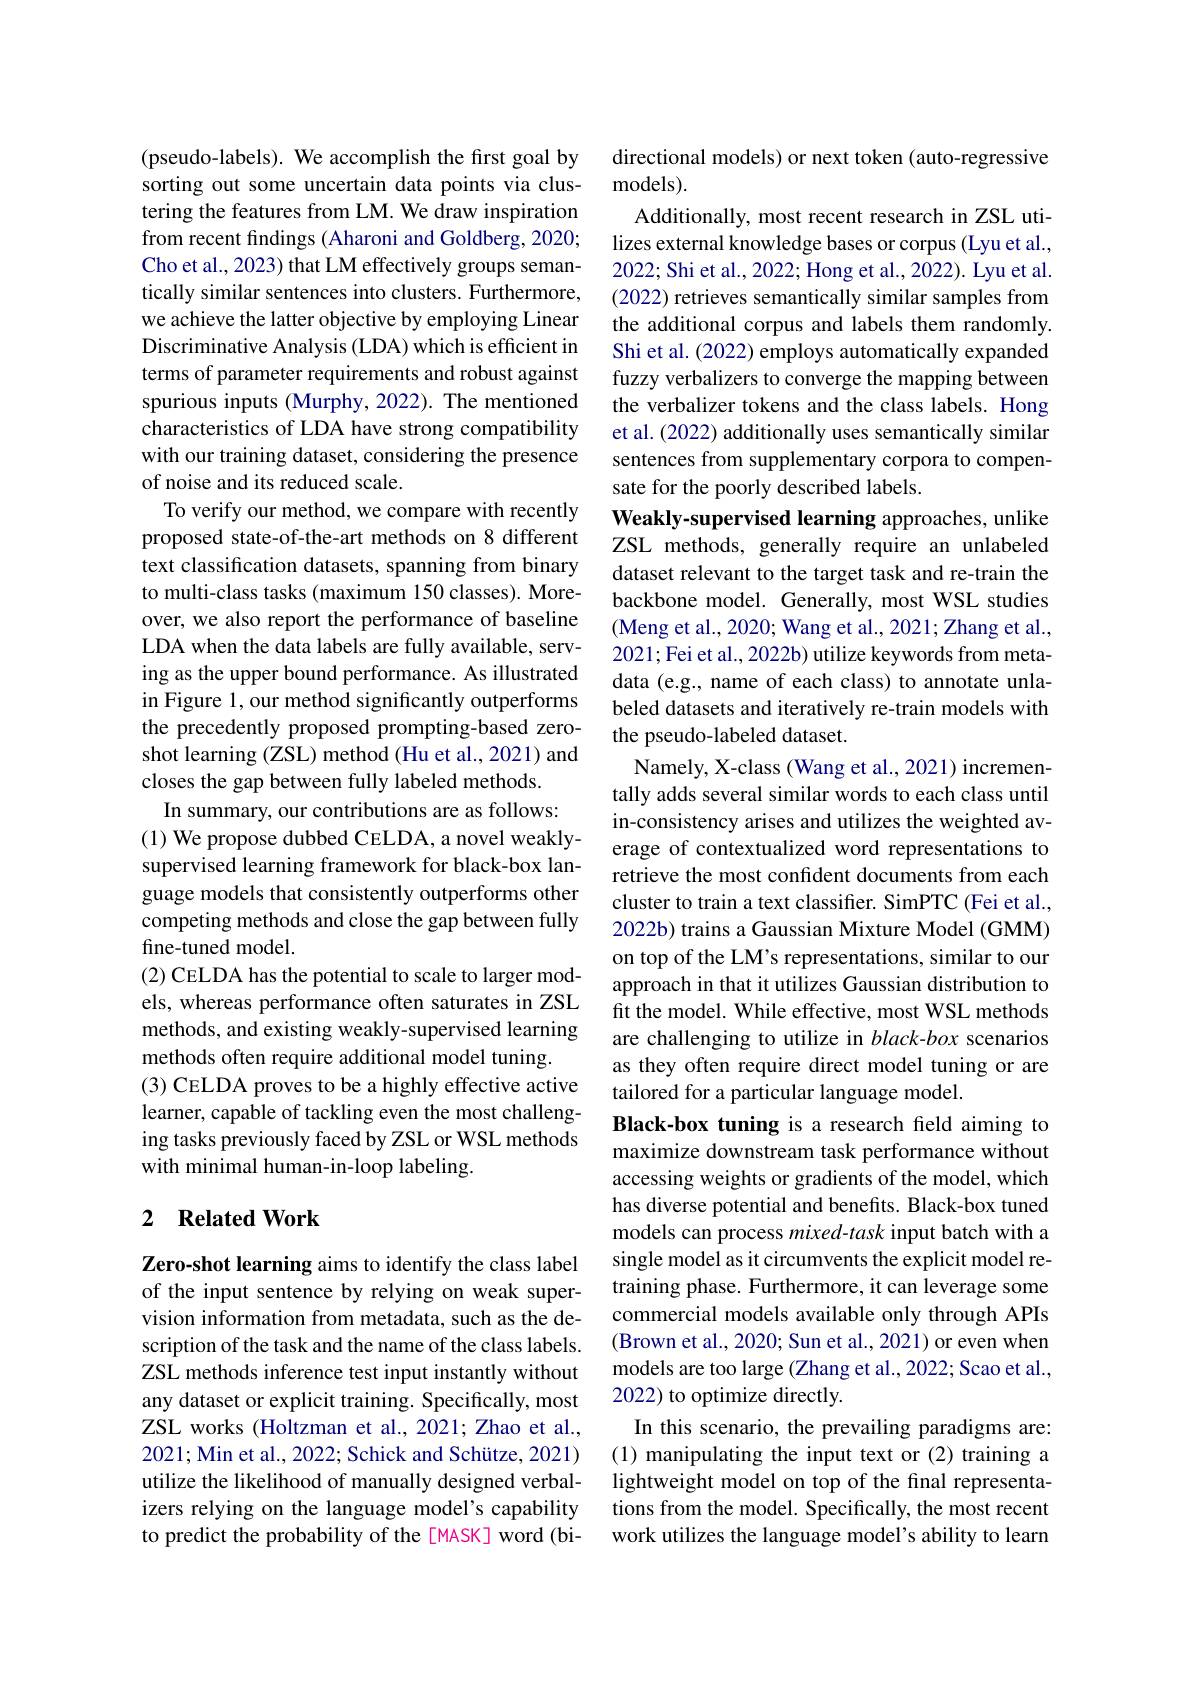
(pseudo-labels). We accomplish the frst goal by sorting out some uncertain data points via clustering the features from LM. We draw inspiration from recent findings (Aharoni and Goldberg, 2020; Cho et al., 2023) that LM effectively groups semantically similar sentences into clusters. Furthermore, we achieve the latter objective by employing Linear Discriminative Analysis (LDA) which is efficient in terms of parameter requirements and robust against spurious inputs (Murphy, 2022). The mentioned characteristics of LDA have strong compatibility with our training dataset, considering the presence of noise and its reduced scale.
To verify our method, we compare with recently proposed state-of-the-art methods on 8 different text classification datasets, spanning from binary to multi-class tasks (maximum 150 classes). Moreover, we also report the performance of baseline LDA when the data labels are fully available, serving as the upper bound performance. As illustrated in Figure 1, our method significantly outperforms the precedently proposed prompting-based zeroshot learning (ZSL) method (Hu et al., 2021) and closes the gap between fully labeled methods.
In summary, our contributions are as follows:
(1) We propose dubbed CELDA, a novel weaklysupervised learning framework for black-box language models that consistently outperforms other competing methods and close the gap between fully fine-tuned model.
(2) CELDA has the potential to scale to larger models, whereas performance often saturates in ZSL methods, and existing weakly-supervised learning methods often require additional model tuning.
(3) CELDA proves to be a highly effective active learner, capable of tackling even the most challenging tasks previously faced by ZSL or WSL methods with minimal human-in-loop labeling.

## 2 $\textbf{Related Work}$

Zero-shot learning aims to identify the class label of the input sentence by relying on weak supervision information from metadata, such as the description of the task and the name of the class labels. ZSL methods inference test input instantly without any dataset or explicit training. Specifically, most ZSL works (Holtzman et al., 2021; Zhao et al., 2021; Min et al., 2022; Schick and Schütze, 2021) utilize the likelihood of manually designed verbalizers relying on the language model's capability to predict the probability of the [MASK] word (bi-

directional models) or next token (auto-regressive
models).
Additionally, most recent research in ZSL utilizes external knowledge bases or corpus (Lyu et al., 2022; Shi et al., 2022; Hong et al., 2022). Lyu et al. (2022) retrieves semantically similar samples from the additional corpus and labels them randomly. Shi et al. (2022) employs automatically expanded fuzzy verbalizers to converge the mapping between the verbalizer tokens and the class labels. Hong et al. (2022) additionally uses semantically similar sentences from supplementary corpora to compensate for the poorly described labels.
Weakly-supervised learning approaches, unlike ZSL methods, generally require an unlabeled dataset relevant to the target task and re-train the backbone model. Generally, most WSL studies (Meng et al., 2020; Wang et al., 2021; Zhang et al., 2021; Fei et al., 2022b) utilize keywords from metadata (e.g., name of each class) to annotate unlabeled datasets and iteratively re-train models with the pseudo-labeled dataset.
Namely, X-class (Wang et al., 2021) incrementally adds several similar words to each class until in-consistency arises and utilizes the weighted average of contextualized word representations to retrieve the most confident documents from each cluster to train a text classifier. SimPTC (Fei et al., 2022b) trains a Gaussian Mixture Model (GMM) on top of the LM's representations, similar to our approach in that it utilizes Gaussian distribution to fit the model. While effective, most WSL methods are challenging to utilize in black-box scenarios as they often require direct model tuning or are tailored for a particular language model.
Black-box tuning is a research feld aiming to maximize downstream task performance without accessing weights or gradients of the model, which has diverse potential and benefits. Black-box tuned models can process mixed-task input batch with a single model as it circumvents the explicit model retraining phase. Furthermore, it can leverage some commercial models available only through APIs (Brown et al., 2020; Sun et al., 2021) or even when models are too large (Zhang et al., 2022; Scao et al., 2022) to optimize directly.
In this scenario, the prevailing paradigms are: (1) manipulating the input text or (2) training a lightweight model on top of the final representations from the model. Specifically, the most recent work utilizes the language model's ability to learn